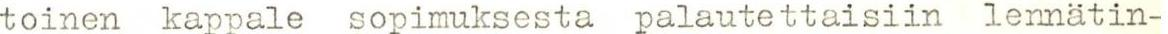
toinen kappale sopimuksesta palautettaisiin lennätin-